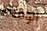
الوقحة